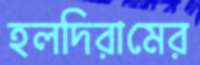
হলদিরামের